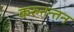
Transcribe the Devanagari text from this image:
करुनन्तन